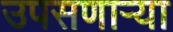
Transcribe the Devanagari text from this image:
उपसणाऱ्या